Annual report of the Imperial Bacteriologist
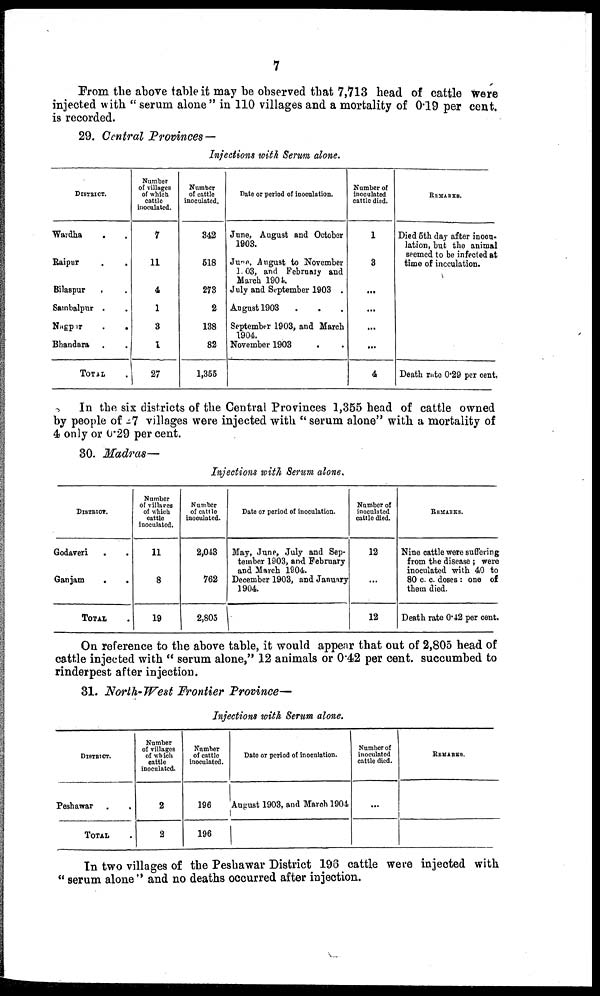
7
From the above table it may be observed that 7,713 head of cattle were
injected with "serum alone" in 110 villages and a mortality of 0.19 per cent.
is recorded.
29. Central Provinces —
Injections with Serum alone.
DISTRICT.
Wardha . .
Raipur . .
Bilaspur . .
Sambalpur . .
Nagpur
.
.
Bhandara . .
TOTAL
Number
of villages
of which
cattle
inoculatcd.
7
11
4
1
3
1
27
Number
of cattle
inoculated.
342
518
273
2
138
82
1,355
Date or period of inoculation.
June, August and October
1903.
June, August to November
1903, and February and
March 1904.
July and September 1903 .
August 1903 . . .
September 1903, and March
1904.
November 1903
Number of
inoculated
cattle died.
1
3
...
...
...
...
4
REMARKS.
Died 5th day after inocu-
lation, but the animal
seemed to be infected at
time of inoculation.
Death rate 0.29 per cent.
In the six districts of the Central Provinces 1,355 head of cattle owned
by people of 27 villages were injected with "serum alone" with a mortality of
4 only or 0.29 per cent.
30. Madras—
Injections with Serum alone.
DISTRICT.
Godaveri . .
Ganjam
.
.
TOTAL
Number
of villages
of which
cattle
inoculated.
11
8
19
Number
of cattle
inoculated.
2,043
762
2,805
Date or period of inoculation.
May, June, July and Sep-
tember 1903, and February
and March 1904.
December 1903, and January
1904.
Number of
inoculated
cattle died.
12
12
REMARKS.
Nine cattle were suffering
from the disease ; were
inoculated with 40 to
80 c. c. doses : one of
them died.
Death rate 0.42 per cent.
On reference to the above table, it would appear that out of 2,805 head of
cattle injected with "serum alone," 12 animals or 0.42 per cent. succumbed to
rinderpest after injection.
31. North-West Frontier Province—
Injections with Serum alone.
DISTRICT.
Peshawar
TOTAL
Number
of villages
of which
cattle
inoculated.
2
2
Number
of cattle
inoculated.
196
196
Date or period of inoculation.
August 1903, and March 1904
Number of
inoculated
cattle died.
...
REMARKS.
In two villages of the Peshawar District 196 cattle were injected with
"serum alone" and no deaths occurred after injection.